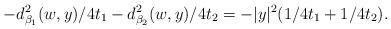
LaTeX: \begin{align*} -d^2_{\beta_1}(w, y)/4t_1 - d^2_{\beta_2}(w, y)/4t_2 = -|y|^2(1/4t_1 + 1/4t_2).\end{align*}